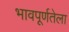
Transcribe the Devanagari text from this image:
भावपूर्णतेला